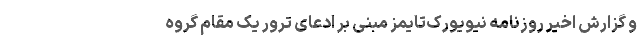
و گزارش اخیر روزنامه نیویورک‌تایمز مبنی بر ادعای ترور یک مقام گروه